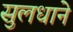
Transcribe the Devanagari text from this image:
सुलधाने